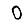
Digit: 0